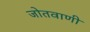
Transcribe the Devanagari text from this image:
जोतवाणी